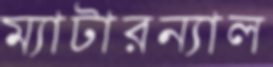
ম্যাটারন্যাল